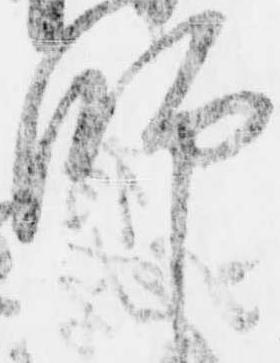
師